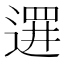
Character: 𲅦